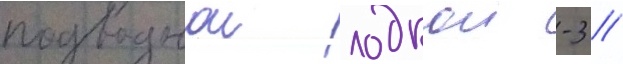
подводнои лодкои -3 /